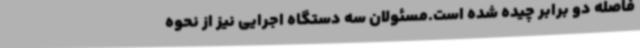
فاصله دو برابر چیده شده است.مسئولان سه دستگاه اجرایی نیز از نحوه